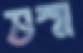
ভস্ম